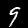
Digit: 9